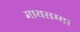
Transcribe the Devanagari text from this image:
मायसम्मा